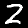
Digit: 2